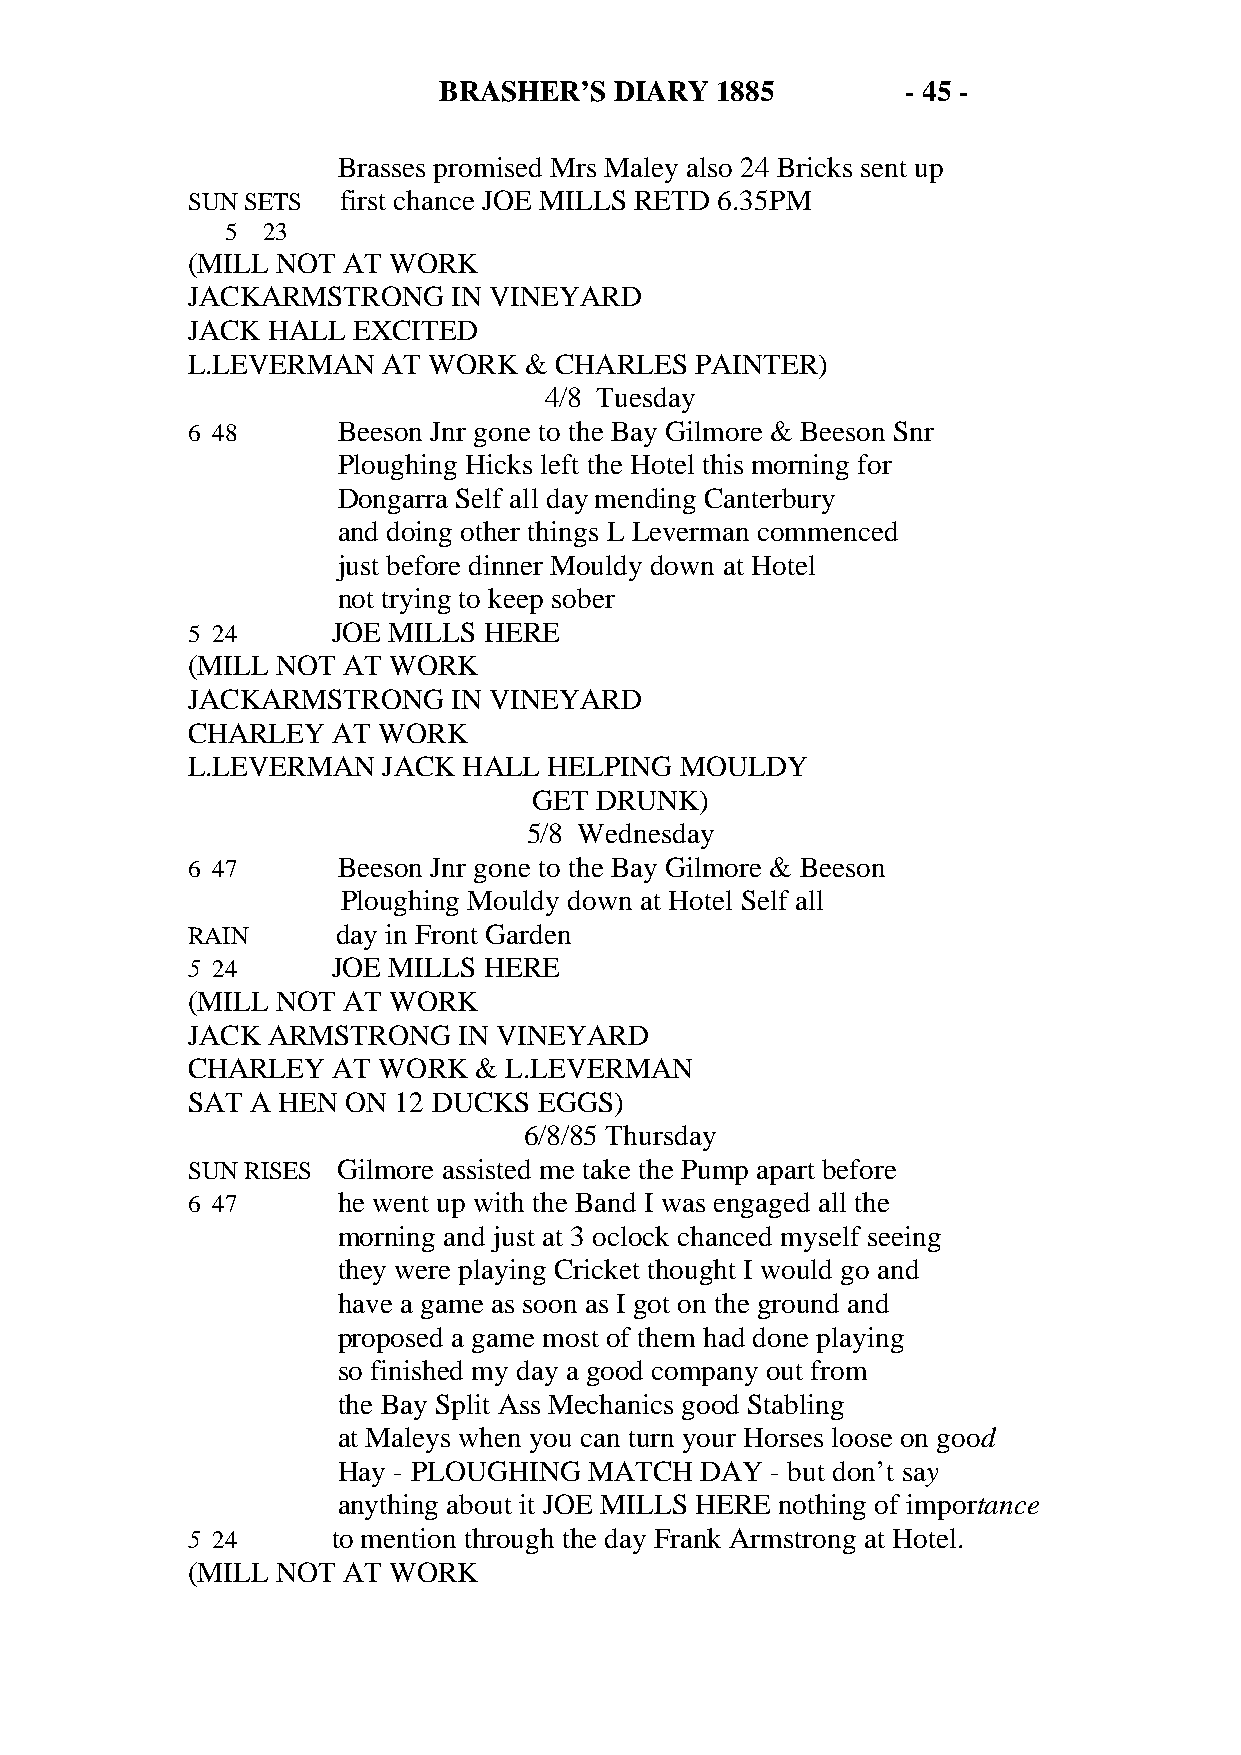
BRASHER’S   DIARY 1885         - 45 -
 Brasses promised Mrs Maley also 24 Bricks sent up
 SUN SETS  first chance JOE MILLS RETD 6.35PM
 5 23
 (MILL NOT  AT WORK
 JACKARMSTRONG     IN VINEYARD
 JACK  HALL EXCITED
 L.LEVERMAN   AT WORK   & CHARLES  PAINTER)
 4/8 Tuesday
 6 48      Beeson Jnr gone to the Bay Gilmore & Beeson Snr
 Ploughing Hicks left the Hotel this morning for
 Dongarra Self all day mending Canterbury
 and doing other things L Leverman commenced
 just before dinner Mouldy down at Hotel
 not trying to keep sober
 5 24      JOE MILLS HERE
 (MILL NOT  AT WORK
 JACKARMSTRONG     IN VINEYARD
 CHARLEY   AT WORK
 L.LEVERMAN   JACK  HALL HELPING  MOULDY
 GET DRUNK)
 5/8 Wednesday
 6 47      Beeson Jnr gone to the Bay Gilmore & Beeson
 Ploughing Mouldy down at Hotel Self all
 RAIN      day in Front Garden
 5 24      JOE MILLS HERE
 (MILL NOT  AT WORK
 JACK  ARMSTRONG   IN VINEYARD
 CHARLEY   AT WORK  & L.LEVERMAN
 SAT  A HEN ON 12 DUCKS  EGGS)
 6/8/85 Thursday
 SUN RISES Gilmore assisted me take the Pump apart before
 6 47      he went up with the Band I was engaged all the
 morning and just at 3 oclock chanced myself seeing
 they were playing Cricket thought I would go and
 have a game as soon as I got on the ground and
 proposed a game most of them had done playing
 so finished my day a good company out from
 the Bay Split Ass Mechanics good Stabling
 at Maleys when you can turn your Horses loose on good
 Hay - PLOUGHING  MATCH  DAY  - but don’t say
 anything about it JOE MILLS HERE nothing of importance
 5 24      to mention through the day Frank Armstrong at Hotel.
 (MILL NOT  AT WORK